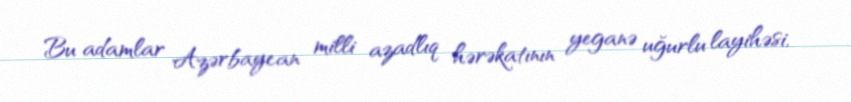
Bu adamlar Azərbaycan milli azadlıq hərəkatının yeganə uğurlu layihəsi,